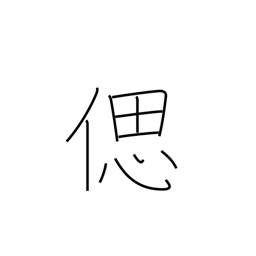
Meaning: recollect